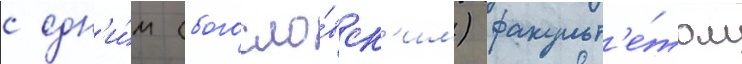
с одн'и́м (богосло́вск'им) факульт'е́том